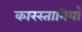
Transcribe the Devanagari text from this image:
कारस्तानियाँ